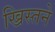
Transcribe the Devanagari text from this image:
ख्रिस्तने